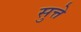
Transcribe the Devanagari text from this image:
सुत्ते